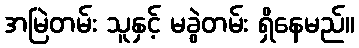
အမြဲတမ်း သူနှင့် မခွဲတမ်း ရှိနေမည်။